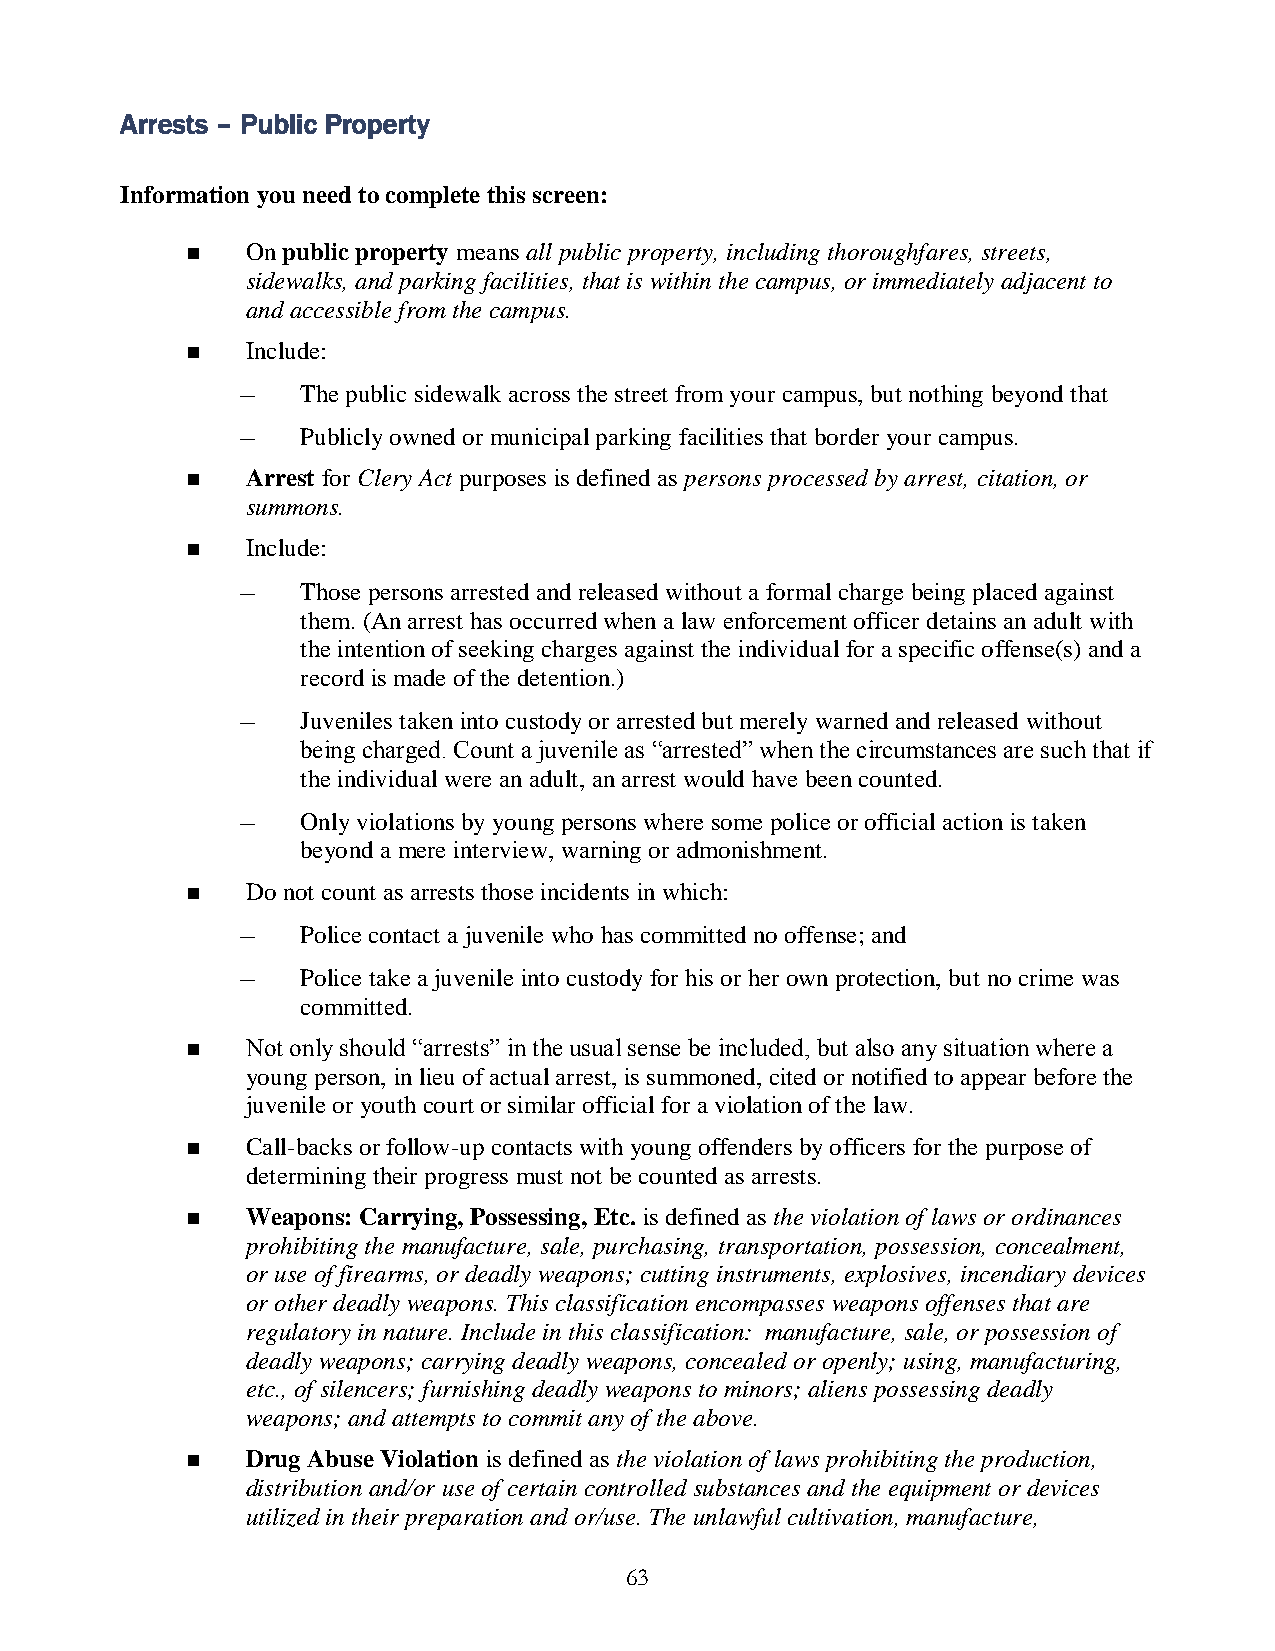
Arrests – Public Property
 Information you need to complete this screen:
    On public property means all public property, including thoroughfares, streets,
 sidewalks, and parking facilities, that is within the campus, or immediately adjacent to
 and accessible from the campus.
    Include:
 –   The public sidewalk across the street from your campus, but nothing beyond that
 –   Publicly owned or municipal parking facilities that border your campus.
    Arrest for Clery Act purposes is defined as persons processed by arrest, citation, or
 summons.
    Include:
 –   Those persons arrested and released without a formal charge being placed against
 them. (An arrest has occurred when a law enforcement officer detains an adult with
 the intention of seeking charges against the individual for a specific offense(s) and a
 record is made of the detention.)
 –   Juveniles taken into custody or arrested but merely warned and released without
 being charged. Count a juvenile as “arrested” when the circumstances are such that if
 the individual were an adult, an arrest would have been counted.
 –   Only violations by young persons where some police or official action is taken
 beyond a mere interview, warning or admonishment.
    Do not count as arrests those incidents in which:
 –   Police contact a juvenile who has committed no offense; and
 –   Police take a juvenile into custody for his or her own protection, but no crime was
 committed.
    Not only should “arrests” in the usual sense be included, but also any situation where a
 young person, in lieu of actual arrest, is summoned, cited or notified to appear before the
 juvenile or youth court or similar official for a violation of the law.
    Call-backs or follow-up contacts with young offenders by officers for the purpose of
 determining their progress must not be counted as arrests.
    Weapons: Carrying, Possessing, Etc. is defined as the violation of laws or ordinances
 prohibiting the manufacture, sale, purchasing, transportation, possession, concealment,
 or use of firearms, or deadly weapons; cutting instruments, explosives, incendiary devices
 or other deadly weapons. This classification encompasses weapons offenses that are
 regulatory in nature. Include in this classification: manufacture, sale, or possession of
 deadly weapons; carrying deadly weapons, concealed or openly; using, manufacturing,
 etc., of silencers; furnishing deadly weapons to minors; aliens possessing deadly
 weapons; and attempts to commit any of the above.
    Drug Abuse Violation is defined as the violation of laws prohibiting the production,
 distribution and/or use of certain controlled substances and the equipment or devices
 utilized in their preparation and or/use. The unlawful cultivation, manufacture,
 63